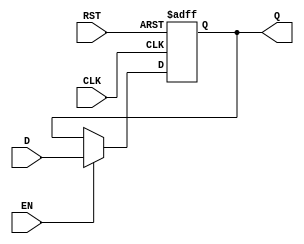
module StoreRegister (
    input wire D,       // Data Input
    input wire CLK,     // Clock signal
    input wire EN,      // Enable signal
    input wire RST,     // Asynchronous Reset
    output reg Q        // Data Output
);

// Asynchronous reset and synchronous data capture
always @(posedge CLK or posedge RST) begin
    if (RST) begin
        Q <= 1'b0;      // Reset the output to 0
    end else if (EN) begin
        Q <= D;         // Capture the input data on clock edge if enabled
    end
    // If EN is low, Q retains its previous value
end

endmodule